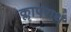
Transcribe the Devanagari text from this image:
क्लापराथ